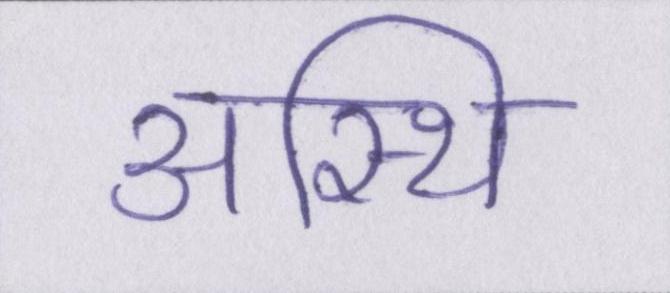
अस्थि